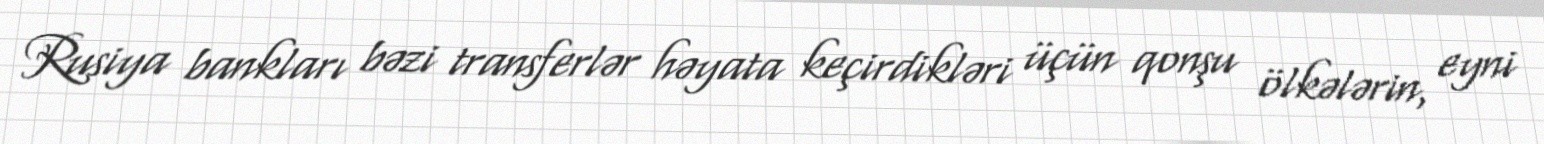
Rusiya bankları bəzi transferlər həyata keçirdikləri üçün qonşu ölkələrin, eyni